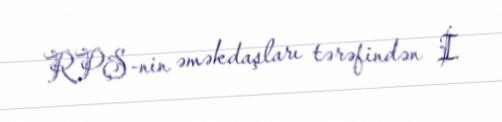
RPŞ-nin əməkdaşları tərəfindən İ.